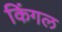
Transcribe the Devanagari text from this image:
किंगल